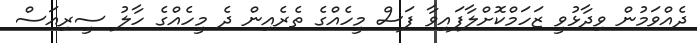
ދެއްވަމުން ވިދާޅުވީ ޒަހަމްކޮށްލާފައިވާ ފަސް މީހެއްގެ ތެރެއިން ދެ މީހެއްގެ ހާލު ސީރިއަސް